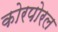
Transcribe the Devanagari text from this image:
कोरपोरल